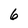
Character: 6